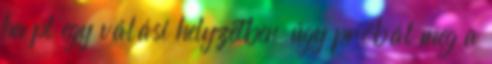
ha pl egy válási helyzetben úgy próbál meg a